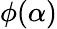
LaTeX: \phi(\alpha)